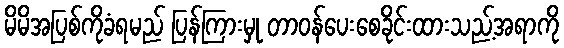
မိမိအပြစ်ကိုခံရမည် ပြန်ကြားမှု တာဝန်ပေးစေခိုင်းထားသည့်အရာကို